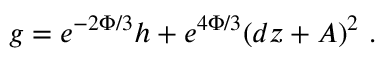
g = e ^ { - 2 \Phi / 3 } h + e ^ { 4 \Phi / 3 } ( d z + A ) ^ { 2 } ~ .